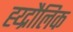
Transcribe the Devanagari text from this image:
ह्य्द्रौलिक